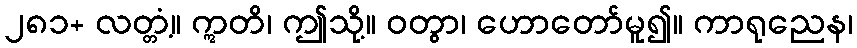
၂၈၁+ လတ္တံ့။ ဣတိ၊ ဤသို့။ ဝတွာ၊ ဟောတော်မူ၍။ ကာရုညေန၊